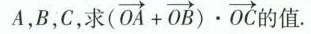
A，B，C，求( $$( \overrightarrow { O A } + \overrightarrow { O B } ) \cdot \overrightarrow { O C }$$的值。